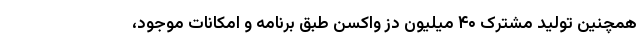
همچنین تولید مشترک ۴۰ میلیون دز واکسن طبق برنامه و امکانات موجود،